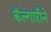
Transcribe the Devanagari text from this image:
कॅल्गारीने